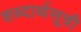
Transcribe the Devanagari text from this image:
शब्दार्थसूची